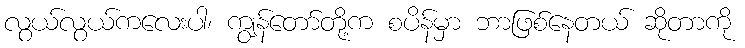
လွယ်လွယ်ကလေးပါ၊ ကျွန်တော်တို့က စပိန်မှာ ဘာဖြစ်နေတယ် ဆိုတာကို